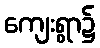
ကျေးရွာ၌